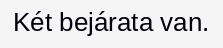
Két bejárata van.